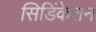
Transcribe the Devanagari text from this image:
सिडिंकेशन